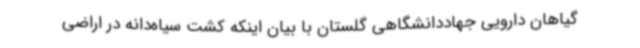
گیاهان دارویی جهاددانشگاهی گلستان با بیان اینکه کشت سیاه‌دانه در اراضی